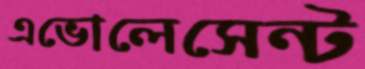
এভোলেসেন্ট